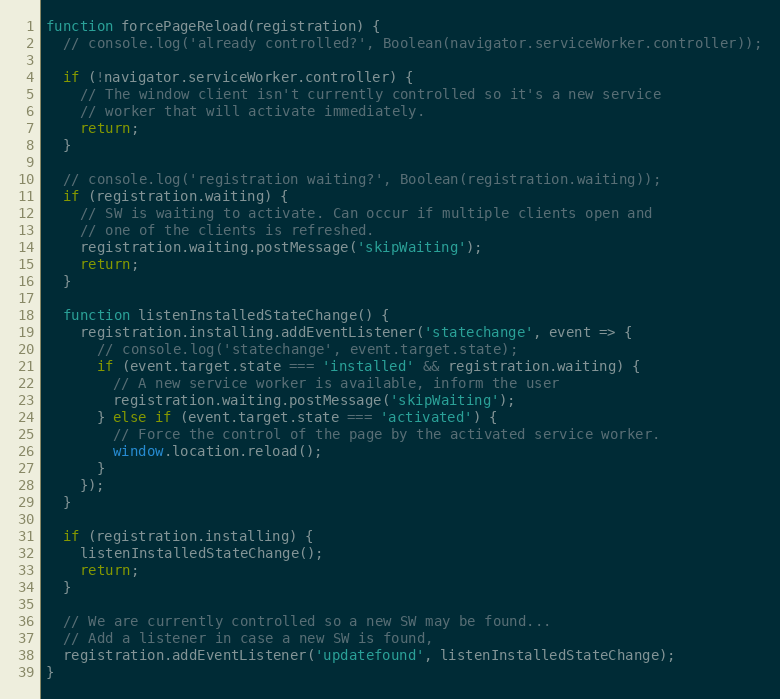
Language: JavaScript
function forcePageReload(registration) {
  // console.log('already controlled?', Boolean(navigator.serviceWorker.controller));

  if (!navigator.serviceWorker.controller) {
    // The window client isn't currently controlled so it's a new service
    // worker that will activate immediately.
    return;
  }

  // console.log('registration waiting?', Boolean(registration.waiting));
  if (registration.waiting) {
    // SW is waiting to activate. Can occur if multiple clients open and
    // one of the clients is refreshed.
    registration.waiting.postMessage('skipWaiting');
    return;
  }

  function listenInstalledStateChange() {
    registration.installing.addEventListener('statechange', event => {
      // console.log('statechange', event.target.state);
      if (event.target.state === 'installed' && registration.waiting) {
        // A new service worker is available, inform the user
        registration.waiting.postMessage('skipWaiting');
      } else if (event.target.state === 'activated') {
        // Force the control of the page by the activated service worker.
        window.location.reload();
      }
    });
  }

  if (registration.installing) {
    listenInstalledStateChange();
    return;
  }

  // We are currently controlled so a new SW may be found...
  // Add a listener in case a new SW is found,
  registration.addEventListener('updatefound', listenInstalledStateChange);
}